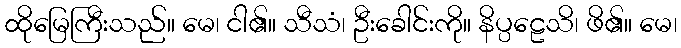
ထိုမြေကြီးသည်။ မေ၊ ငါ၏။ သီသံ၊ ဦးခေါင်းကို။ နိပ္ပဠေသိ၊ ဖိ၏။ မေ၊